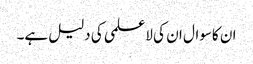
ان کاسوال ان کی لاعلمی کی دلیل ہے۔